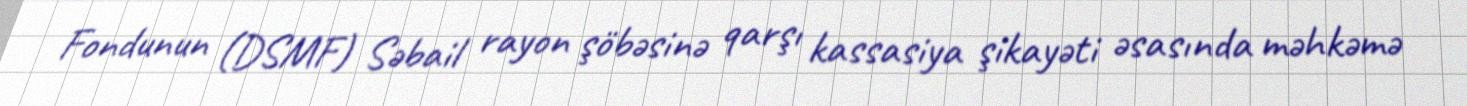
Fondunun (DSMF) Səbail rayon şöbəsinə qarşı kassasiya şikayəti əsasında məhkəmə